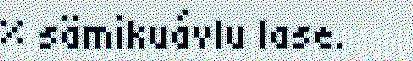
% sämikuávlu lase.